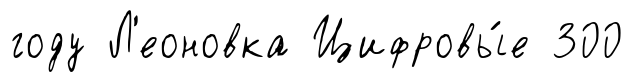
году Л'еоновка Цифровы́е 300